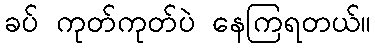
ခပ် ကုတ်ကုတ်ပဲ နေကြရတယ်။